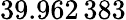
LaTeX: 39.962\, 383